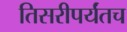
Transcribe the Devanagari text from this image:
तिसरीपर्यंतच